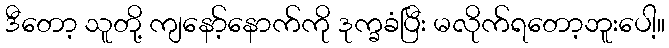
ဒီတော့ သူတို့ ကျနော့်နောက်ကို ဒုက္ခခံပြီး မလိုက်ရတော့ဘူးပေါ့။